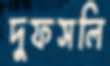
দুফসলি